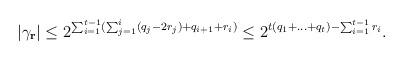
LaTeX: \begin{align*} |\gamma_{\mathbf{r}}| \le 2^{\sum_{i=1}^{t-1} (\sum_{j=1}^i (q_j - 2 r_j) + q_{i+1} + r_i ) } \le 2^{t(q_1 +\ldots + q_t) - \sum_{i=1}^{t-1} r_{i}}. \end{align*}